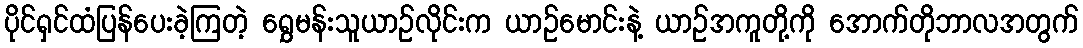
ပိုင်ရှင်ထံပြန်ပေးခဲ့ကြတဲ့ ရွှေမန်းသူယာဉ်လိုင်းက ယာဉ်မောင်းနဲ့ ယာဉ်အကူတို့ကို အောက်တိုဘာလအတွက်